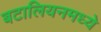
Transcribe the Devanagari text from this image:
बटालियनमध्ये